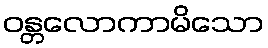
ဝန္တလောကာမိသော